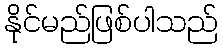
နိုင်မည်ဖြစ်ပါသည်